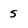
Character: s